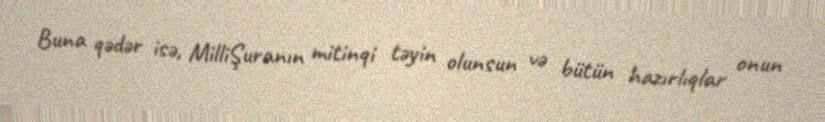
Buna qədər isə, MilliŞuranın mitinqi təyin olunsun və bütün hazırlıqlar onun